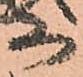
等